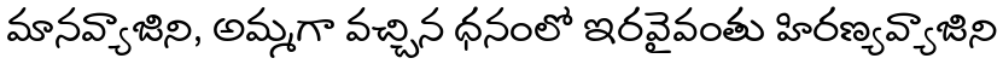
మానవ్యాజిని, అమ్మగా వచ్చిన ధనంలో ఇరవైవంతు హిరణ్యవ్యాజిని